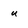
Character: u